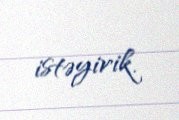
istəyirik.